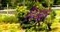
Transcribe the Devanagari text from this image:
निजार